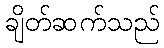
ချိတ်ဆက်သည်